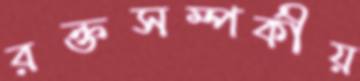
রক্তসম্পর্কীয়